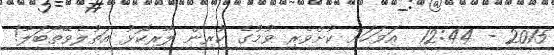
2015 - 12:44  އަވަހަށް ކުށްވެރި ވުމުގެ ކުރިން ލާރިކޮޅު އަތުލެވޭތޯބަލާ!